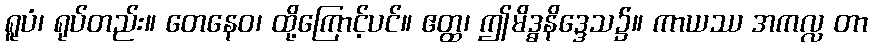
ရူပံ၊ ရုပ်တည်း။ တေနေဝ၊ ထို့ကြောင့်ပင်။ ဧတ္ထ၊ ဤမိဒ္ဓနိဒ္ဒေသ၌။ ကာယဿ အကလ္လ တာ